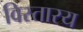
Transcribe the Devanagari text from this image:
विस्तारय